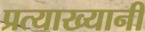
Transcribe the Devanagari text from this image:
प्रत्याख्यानी